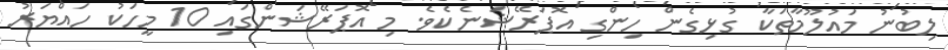
ލިބުނު މައުލޫމާތަކާ ގުޅިގެން ހިންގި އޮޕަރޭޝަނެކެވެ. މި އޮޕަރޭޝަންގައި 10 މީހަކު ހައްޔަރު